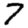
Digit: 7